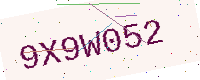
Text: 9X9W052